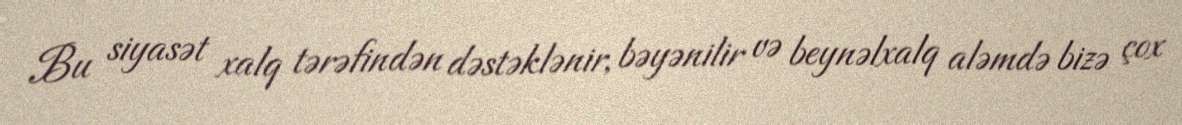
Bu siyasət xalq tərəfindən dəstəklənir, bəyənilir və beynəlxalq aləmdə bizə çox